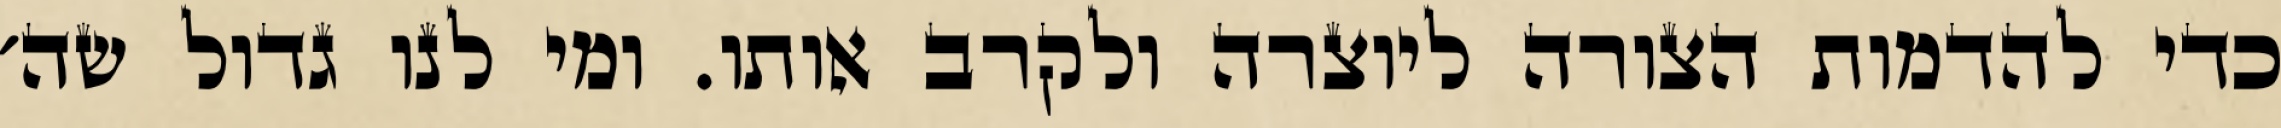
כדי להדמות הצורה ליוצרה ולקרב אותו. ומי לנו גדול שה׳